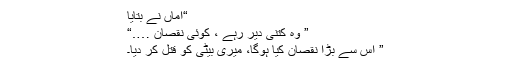
“اماں نے بتایا
” وہ کتنی دیر رہے ، کوئی نقصان ….“
” اس سے بڑا نقصان کیا ہوگا، میری بیٹی کو قتل کر دیا۔